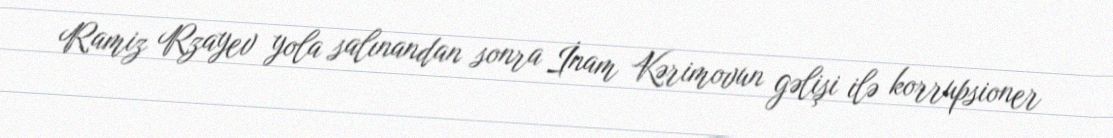
Ramiz Rzayev yola salınandan sonra İnam Kərimovun gəlişi ilə korrupsioner